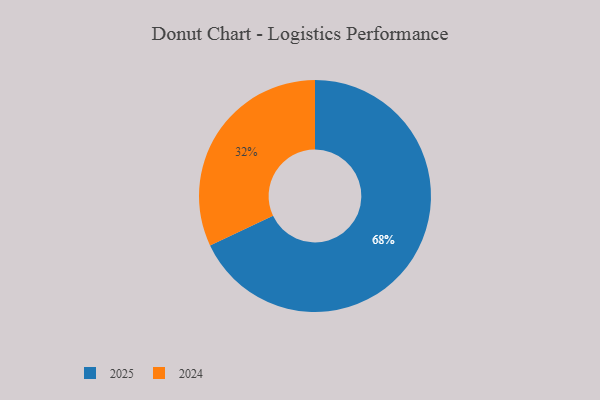
{"axis": {"x": "Category", "y": "Percentage"}, "legend": ["2024", "2025"], "data": [{"x": "2024", "y": 32, "type": "2024"}, {"x": "2025", "y": 68, "type": "2025"}]}